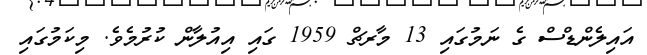
އައިލެންޑްސް ގެ ނަމުގައި 13 މާރޗް 1959 ގައި އިއުލާން ކުރުމެވެ. މިކަމުގައި